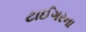
ટાઈગરના